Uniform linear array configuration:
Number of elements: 48
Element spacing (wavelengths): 1
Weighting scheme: cosine
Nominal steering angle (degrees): -60
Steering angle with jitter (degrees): -61.816
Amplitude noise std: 0.05
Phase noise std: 0.05

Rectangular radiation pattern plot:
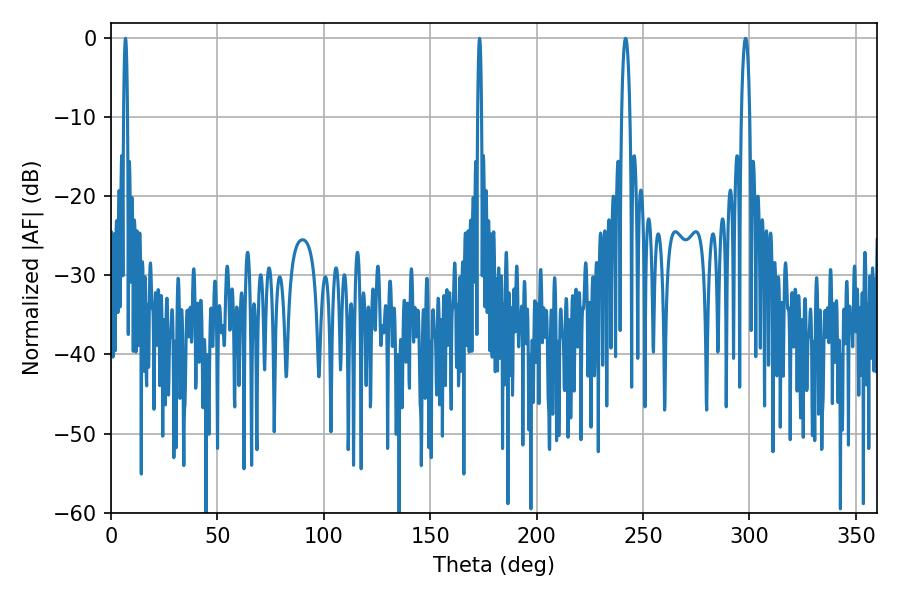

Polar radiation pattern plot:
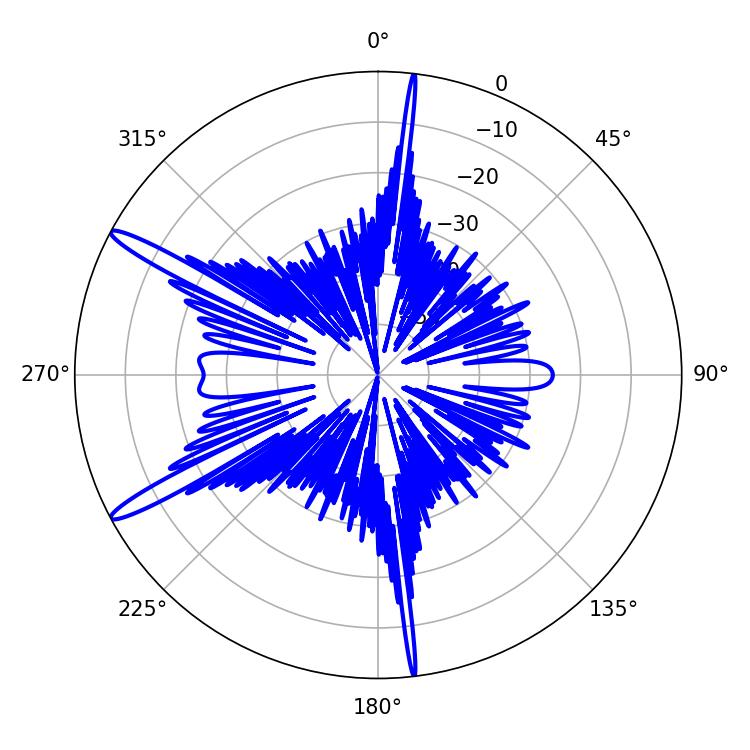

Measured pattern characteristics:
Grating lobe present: TRUE
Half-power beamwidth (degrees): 0.9
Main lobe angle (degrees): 173.16